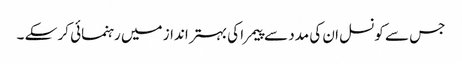
جس سے کونسل ان کی مدد سے پیمرا کی بہتر انداز میں رہنمائی کر سکے ۔